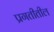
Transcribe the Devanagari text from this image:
प्रगतीतील